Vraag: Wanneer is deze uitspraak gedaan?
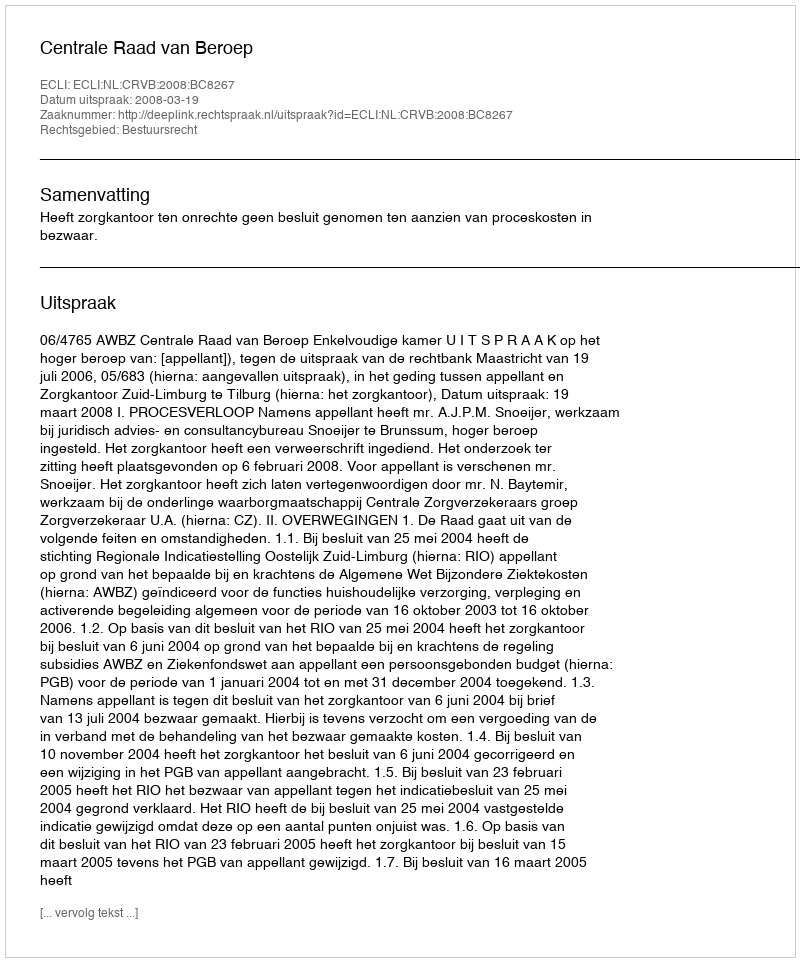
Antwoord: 2008-03-19